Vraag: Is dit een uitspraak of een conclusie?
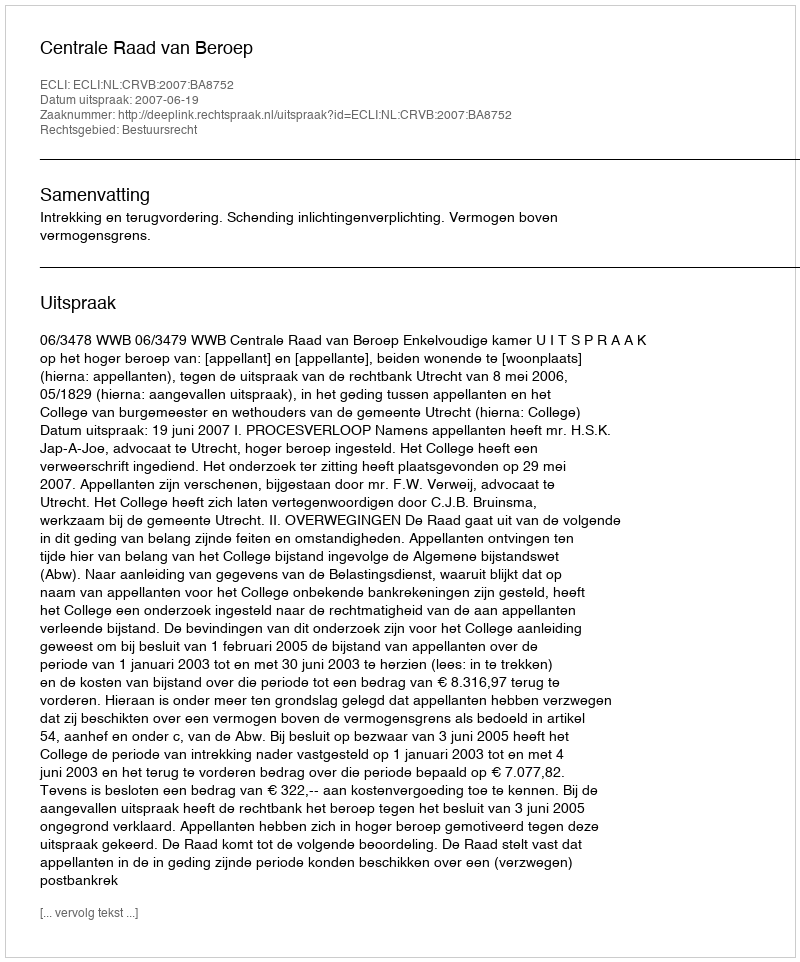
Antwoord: Uitspraak